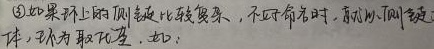
\textcircled{3}如果环上的侧链比较复杂，不好命名时，就以侧链整体，称为取代基，如：